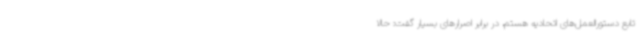
تابع دستورالعمل‌های اتحادیه هستم، در برابر اصرارهای بسیار گفت: حالا